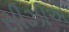
સીઝીએ